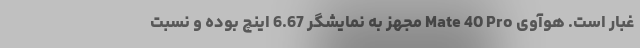
غبار است. هوآوی Mate 40 Pro مجهز به نمایشگر 6.67 اینچ بوده و نسبت